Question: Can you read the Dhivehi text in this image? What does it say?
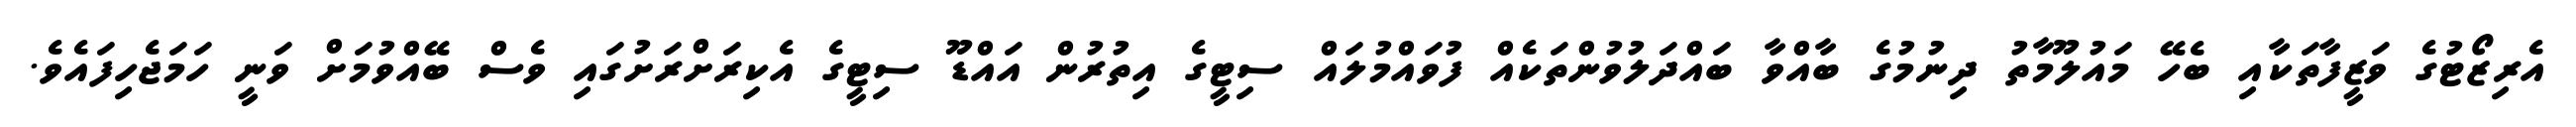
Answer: އެރިޒޯޓުގެ ވަޒީފާތަކާއި ބެހޭ މައުލޫމާތު ދިނުމުގެ ބާއްވާ ބައްދަލުވުންތަކެއް ފުވައްމުލައް ސިޓީގެ އިތުރުން އައްޑޫ ސިޓީގެ އެކިރަށްރަށުގައި ވެސް ބޭއްވުމަށް ވަނީ ހަމަޖެހިފައެވެ.